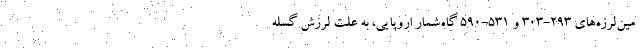
مین‌لرزه‌های ۲۹۳-۳۰۳ و ۵۳۱-۵۹۰ گاه‌شمار اروپایی، به علت لرزش گسله